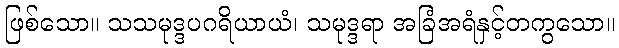
ဖြစ်သော။ သသမုဒ္ဒပဂရိယာယံ၊ သမုဒ္ဒရာ အခြံအရံနှင့်တကွသော။